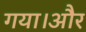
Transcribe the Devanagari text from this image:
गया।और